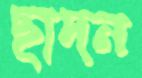
ছাদন